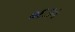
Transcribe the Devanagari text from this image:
०६३५